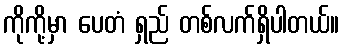
ကိုကို့မှာ ပေတံ ရှည် တစ်လက်ရှိပါတယ်။